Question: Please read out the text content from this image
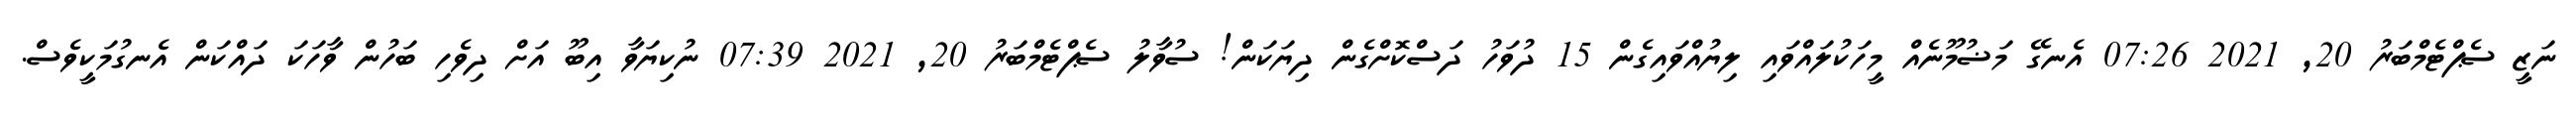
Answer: ނަޒީ ސެޕްޓެމްބަރު 20, 2021 07:26 އެނގޭ މަޟުމޫނެއް މީހަކުލައްވައި ލިޔުއްވައިގެން 15 ދުވަހު ދަސްކޮށްގެން ދިޔަކަން! ސުވާލު ސެޕްޓެމްބަރު 20, 2021 07:39 ނުކިޔަވާ އިބޫ އަށް ދިވެހި ބަހުން ވާހަކަ ދައްކަން އެނގުމަކީވެސް.